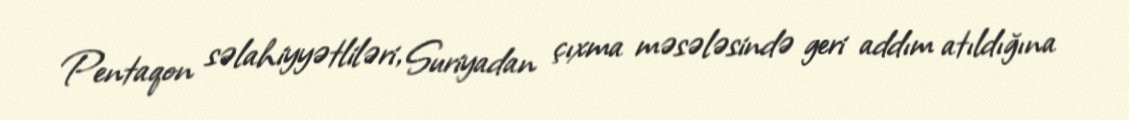
Pentaqon səlahiyyətliləri, Suriyadan çıxma məsələsində geri addım atıldığına